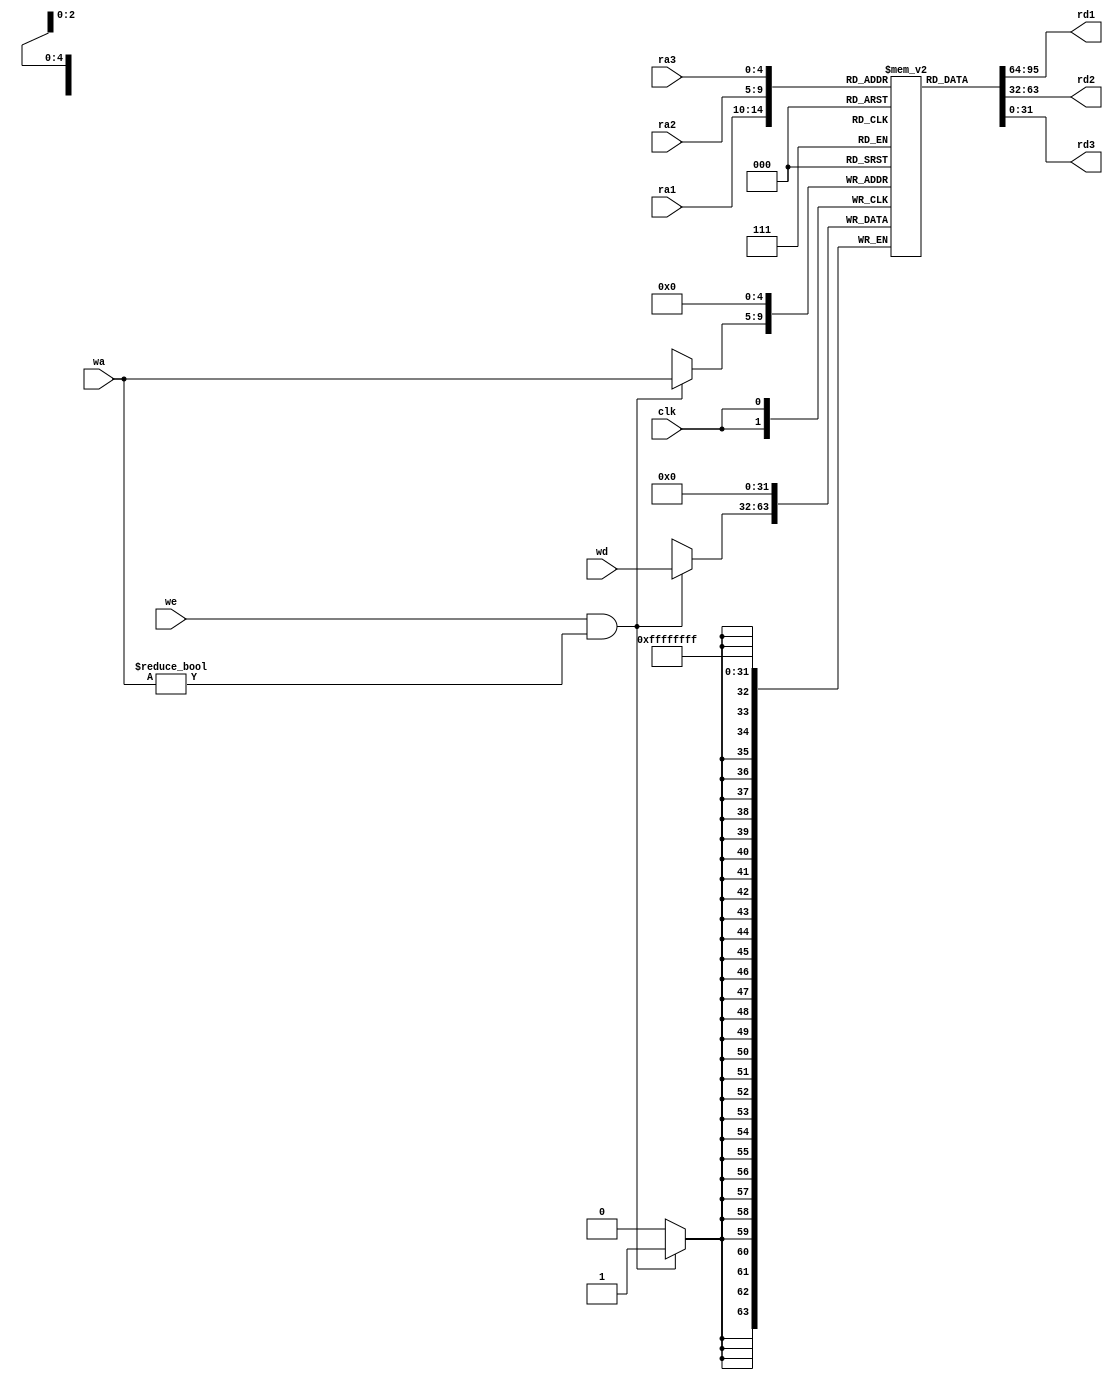
`timescale 1ns / 1ps
//////////////////////////////////////////////////////////////////////////////////
// Company: 
// Engineer: 
// 
// Design Name: 
// Module Name: Register_File
// Project Name: 
// Target Devices: 
// Tool Versions: 
// Description: 
// 
// Dependencies: 
// 
// Revision:
// Revision 0.01 - File Created
// Additional Comments:
// 
//////////////////////////////////////////////////////////////////////////////////


module Register_File(
    input clk,
    input [4:0] ra1, ra2,   //
    output [31:0] rd1, rd2, //
    input [4:0] wa,         //
    input [31:0] wd,        //
    input we,               //
    input [4:0] ra3,        //()
    output [31:0] rd3       //()
    );

    reg [31:0] rf [0:31];   //

    assign rd1 = rf[ra1];
    assign rd2 = rf[ra2];
    assign rd3 = rf[ra3];

    always @(posedge clk) begin
        rf[0] <= 0;  //0
        //0
        if(we && wa != 5'b0)begin
            rf[wa] <= wd;   //
        end   
    end
    //
    initial begin
        rf[0] = 32'h00000000;
        rf[1] = 32'h00000000;
        rf[2] = 32'h00000000;
        rf[3] = 32'h00000000;
        rf[4] = 32'h00000000;
        rf[5] = 32'h00000000;
        rf[6] = 32'h00000000;
        rf[7] = 32'h00000000;
        rf[8] = 32'h00000000;
        rf[9] = 32'h00000000;
        rf[10] = 32'h00000000;
        rf[11] = 32'h00000000;
        rf[12] = 32'h00000000;
        rf[13] = 32'h00000000;
        rf[14] = 32'h00000000;
        rf[15] = 32'h00000000;
        rf[16] = 32'h00000000;
        rf[17] = 32'h00000000;
        rf[18] = 32'h00000000;
        rf[19] = 32'h00000000;
        rf[20] = 32'h00000000;
        rf[21] = 32'h00000000;
        rf[22] = 32'h00000000;
        rf[23] = 32'h00000000;
        rf[24] = 32'h00000000;
        rf[25] = 32'h00000000;
        rf[26] = 32'h00000000;
        rf[27] = 32'h00000000;
        rf[28] = 32'h00000000;
        rf[29] = 32'h00000000;
        rf[30] = 32'h00000000;
        rf[31] = 32'h00000000;
    end

endmodule